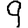
Digit: 9